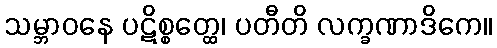
သမ္ဘာဝနေ ပဋိစ္စတ္ထေ၊ ပတီတိ လက္ခဏာဒိကေ။